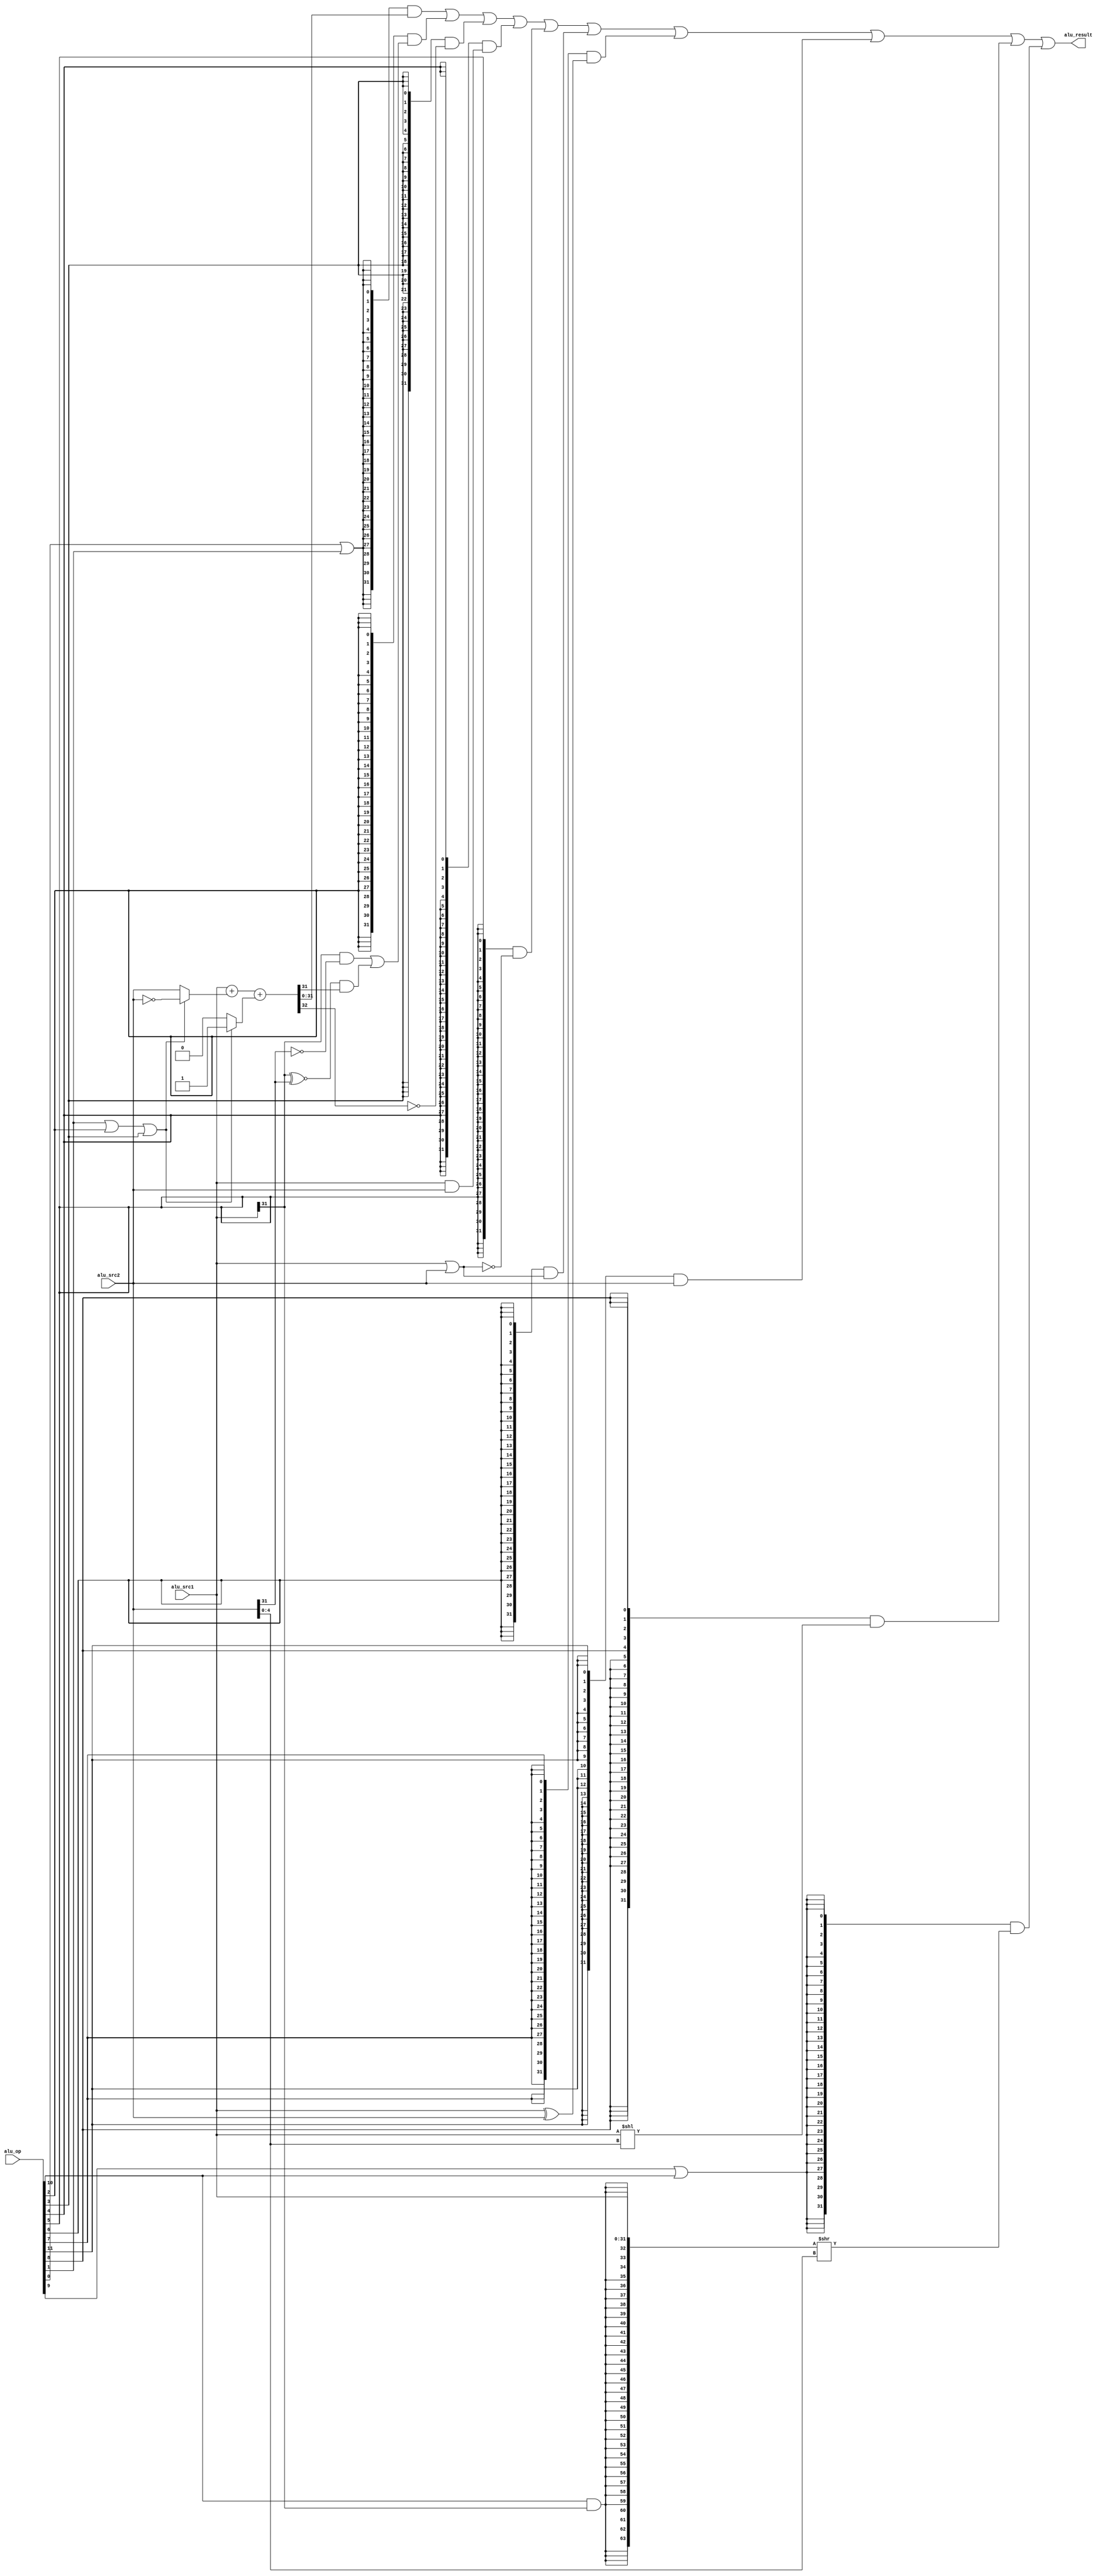
module alu(
  input  wire [11:0] alu_op,
  input  wire [31:0] alu_src1,
  input  wire [31:0] alu_src2,
  output wire [31:0] alu_result
);

  wire op_add;   //add operation
  wire op_sub;   //sub operation
  wire op_slt;   //signed compared and set less than
  wire op_sltu;  //unsigned compared and set less than
  wire op_and;   //bitwise and
  wire op_nor;   //bitwise nor
  wire op_or;    //bitwise or
  wire op_xor;   //bitwise xor
  wire op_sll;   //logic left shift
  wire op_srl;   //logic right shift
  wire op_sra;   //arithmetic right shift
  wire op_lui;   //Load Upper Immediate

  // control code decomposition
  assign op_add  = alu_op[ 0];
  assign op_sub  = alu_op[ 1];
  assign op_slt  = alu_op[ 2];
  assign op_sltu = alu_op[ 3];
  assign op_and  = alu_op[ 4];
  assign op_nor  = alu_op[ 5];
  assign op_or   = alu_op[ 6];
  assign op_xor  = alu_op[ 7];
  assign op_sll  = alu_op[ 8];
  assign op_srl  = alu_op[ 9];
  assign op_sra  = alu_op[10];
  assign op_lui  = alu_op[11];

  wire [31:0] add_sub_result;
  wire [31:0] slt_result;
  wire [31:0] sltu_result;
  wire [31:0] and_result;
  wire [31:0] nor_result;
  wire [31:0] or_result;
  wire [31:0] xor_result;
  wire [31:0] lui_result;
  wire [31:0] sll_result;
  wire [63:0] sr64_result;
  wire [31:0] sr_result;

  // 32-bit adder
  wire [31:0] adder_a;
  wire [31:0] adder_b;
  wire        adder_cin;
  wire [31:0] adder_result;
  wire        adder_cout;

  assign adder_a   = alu_src1;
  assign adder_b   = (op_sub | op_slt | op_sltu) ? ~alu_src2 : alu_src2;  //src1 - src2 rj-rk
  assign adder_cin = (op_sub | op_slt | op_sltu) ? 1'b1      : 1'b0;
  assign {adder_cout, adder_result} = adder_a + adder_b + adder_cin;

  // ADD, SUB result
  assign add_sub_result = adder_result;

  // SLT result
  assign slt_result[31:1] = 31'b0;   //rj < rk 1
  assign slt_result[0]    = (alu_src1[31] & ~alu_src2[31])
                          | ((alu_src1[31] ~^ alu_src2[31]) & adder_result[31]);

  // SLTU result
  assign sltu_result[31:1] = 31'b0;
  assign sltu_result[0]    = ~adder_cout;

  // bitwise operation
  assign and_result = alu_src1 & alu_src2;
  assign or_result  = alu_src1 | alu_src2;
  assign nor_result = ~or_result;
  assign xor_result = alu_src1 ^ alu_src2;
  assign lui_result = alu_src2;

  // SLL result
  assign sll_result = alu_src1 << alu_src2[4:0];   //rj << i5

  // SRL, SRA result
  assign sr64_result = {{32{op_sra & alu_src1[31]}}, alu_src1[31:0]} >> alu_src2[4:0]; //rj >> i5

  assign sr_result   = sr64_result[31:0];

  // final result mux
  assign alu_result = ({32{op_add|op_sub}} & add_sub_result)
                    | ({32{op_slt       }} & slt_result)
                    | ({32{op_sltu      }} & sltu_result)
                    | ({32{op_and       }} & and_result)
                    | ({32{op_nor       }} & nor_result)
                    | ({32{op_or        }} & or_result)
                    | ({32{op_xor       }} & xor_result)
                    | ({32{op_lui       }} & lui_result)
                    | ({32{op_sll       }} & sll_result)
                    | ({32{op_srl|op_sra}} & sr_result);

endmodule